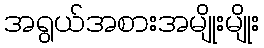
အရွယ်အစားအမျိုးမျိုး